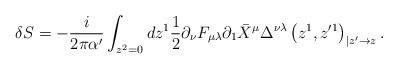
\begin{align*}\delta S = -\frac{i}{2\pi\alpha^\prime} \int_{z^2 =0} dz^1\frac{1}{2}\partial_\nu F_{\mu\lambda} \partial_1 \bar{X}^\mu\Delta^{\nu\lambda}\left( z^1, z^{\prime 1}\right)_{| z^\prime \to z} .\end{align*}